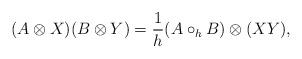
LaTeX: \begin{align*}(A \otimes X) (B \otimes Y) = \frac {1}{h}(A\circ_h B)\otimes (X Y),\end{align*}